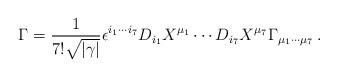
LaTeX: \begin{align*}\Gamma = {1\over 7! \sqrt {|\gamma|}} \epsilon^{i_1\cdots i_7}D_{i_1} X^{\mu_1}\cdots D_{i_7} X^{\mu_7}\Gamma_{\mu_1\cdots \mu_7}\, .\end{align*}